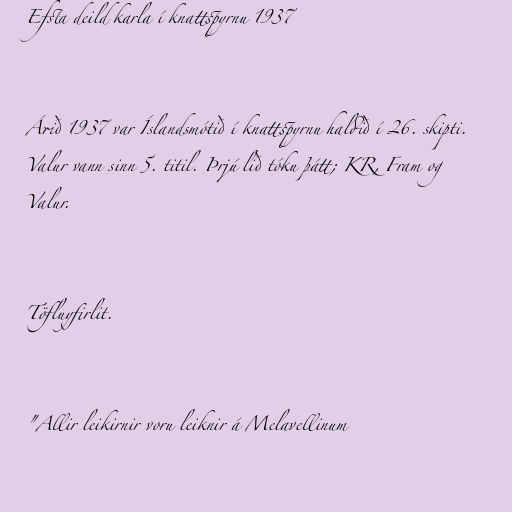
Efsta deild karla í knattspyrnu 1937

Árið 1937 var Íslandsmótið í knattspyrnu haldið í 26. skipti.
Valur vann sinn 5. titil. Þrjú lið tóku þátt; KR, Fram og
Valur.

Töfluyfirlit.

"Allir leikirnir voru leiknir á Melavellinum